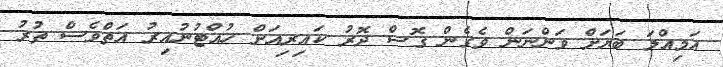
އަމިއްލަ ބަޔަށް ވަންނަން ވެގެން ގޮސް ދޮރު ކައިރިއަށް ހުއްޓުނުއިރު އަތްވެސް ތުރު